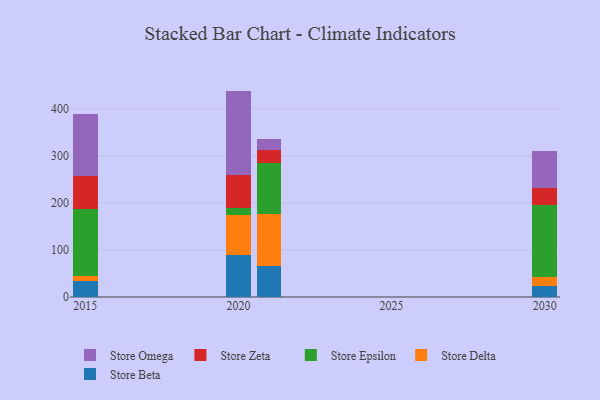
{"axis": {"x": "Year", "y": "Demand Index"}, "legend": ["Store Beta", "Store Delta", "Store Epsilon", "Store Omega", "Store Zeta"], "data": [{"x": "2030", "y": 23.1, "type": "Store Beta"}, {"x": "2030", "y": 19.6, "type": "Store Delta"}, {"x": "2030", "y": 152.3, "type": "Store Epsilon"}, {"x": "2030", "y": 35.9, "type": "Store Zeta"}, {"x": "2030", "y": 79.5, "type": "Store Omega"}, {"x": "2015", "y": 33.4, "type": "Store Beta"}, {"x": "2015", "y": 12.0, "type": "Store Delta"}, {"x": "2015", "y": 141.0, "type": "Store Epsilon"}, {"x": "2015", "y": 70.1, "type": "Store Zeta"}, {"x": "2015", "y": 131.3, "type": "Store Omega"}, {"x": "2021", "y": 66.3, "type": "Store Beta"}, {"x": "2021", "y": 109.4, "type": "Store Delta"}, {"x": "2021", "y": 109.6, "type": "Store Epsilon"}, {"x": "2021", "y": 27.0, "type": "Store Zeta"}, {"x": "2021", "y": 23.2, "type": "Store Omega"}, {"x": "2020", "y": 89.5, "type": "Store Beta"}, {"x": "2020", "y": 84.1, "type": "Store Delta"}, {"x": "2020", "y": 15.4, "type": "Store Epsilon"}, {"x": "2020", "y": 70.2, "type": "Store Zeta"}, {"x": "2020", "y": 178.7, "type": "Store Omega"}]}